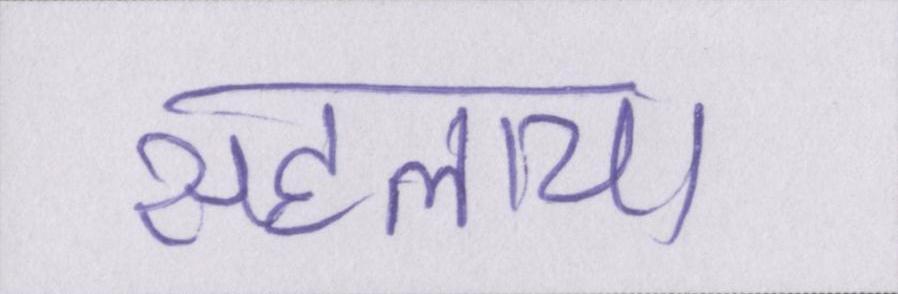
सहलाया